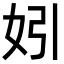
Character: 𡛅